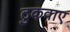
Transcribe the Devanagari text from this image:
ठुकवाए